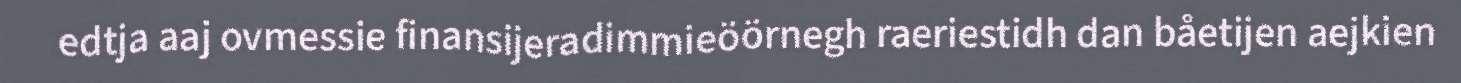
edtja aaj ovmessie finansijeradimmieöörnegh raeriestidh dan båetijen aejkien